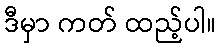
ဒီမှာ ကတ် ထည့်ပါ။